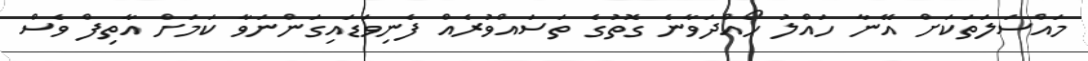
މައްސަލަތަކަށް އޭނާ ހައްލު ހޯއްދަވާނެ ގޮތުގެ ތަސައްވުރެއް ފެނިވަޑައިގަންނަވާ ކަމަށް އާތިފް ވެސް